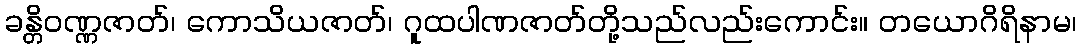
ခန္တိဝဏ္ဏဇာတ်၊ ကောသိယဇာတ်၊ ဂူထပါဏဇာတ်တို့သည်လည်းကောင်း။ တယောဂိရိနာမ၊